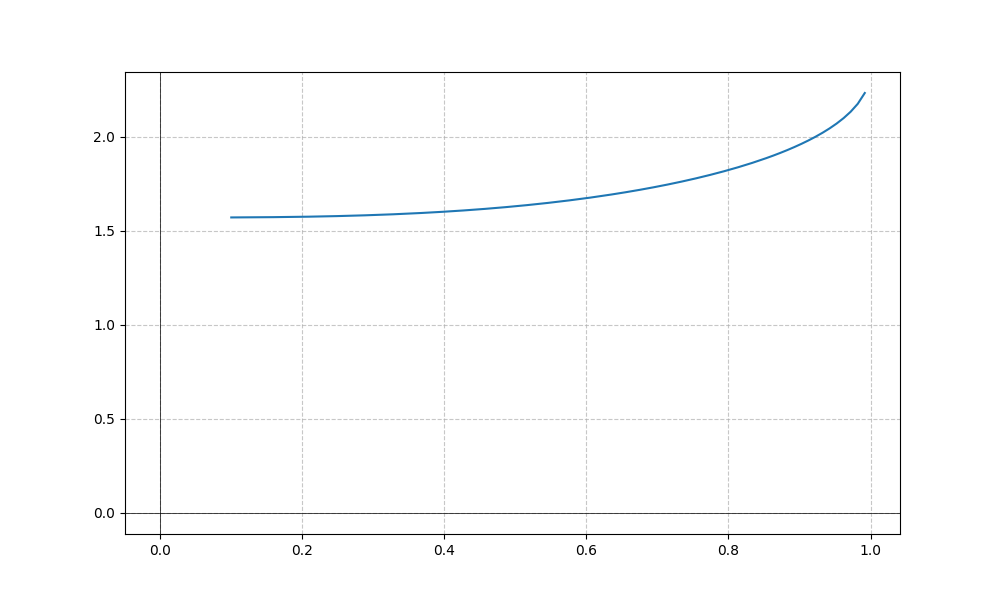
LaTeX formula: \operatorname{acos}{\left(- x \right)} - \operatorname{atan}{\left(x \right)}